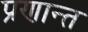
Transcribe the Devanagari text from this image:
प्रणान्त